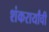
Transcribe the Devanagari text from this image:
शंकरार्यांची